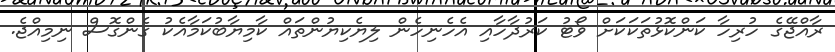
ރާއްޖޭގެ ހުރިހާ ކަންކޮޅުތަކަކަށް ވޯޓު ކަރުދާހާއި އެހެނިހެން ލިޔެކިޔުންތައް ކާމިޔާބުކަމާއެކު ގެންގޮސް ނިމިއްޖެ.